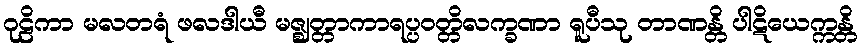
ဂုဠိကာ မလတရံ ဖလဒါယီ မဇ္ဈတ္တာကာရပ္ပဝတ္တိလက္ခဏာ ရူပီသု တာဏန္တိ ပါဋိယေက္ကန္တိ